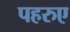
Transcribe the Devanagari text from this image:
पहरुए